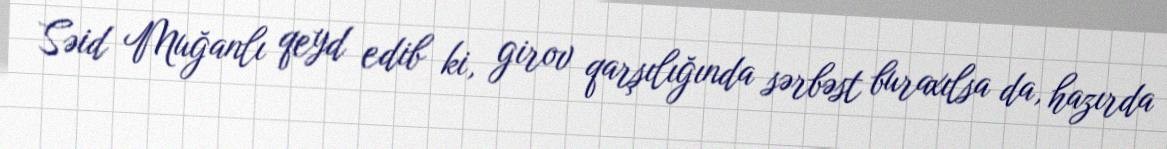
Səid Muğanlı qeyd edib ki, girov qarşılığında sərbəst buraxılsa da, hazırda